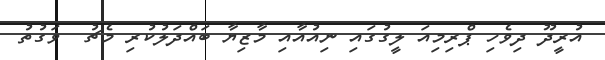
އުރީދޫ ދިވެހި ޕްރިމިއަ ލީގުގައި ނިއުއާއި މާޒިޔާ ބައްދަލުކުރި މެޗު  ވަގުތު